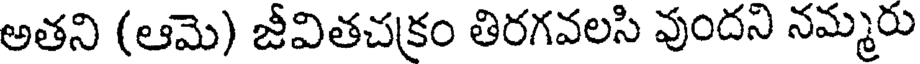
అతని (ఆమె) జీవితచక్రం తిరగవలసి వుందని నమ్మరు